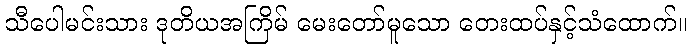
သီပေါမင်းသား ဒုတိယအကြိမ် မေးတော်မူသော တေးထပ်နှင့်သံထောက်။